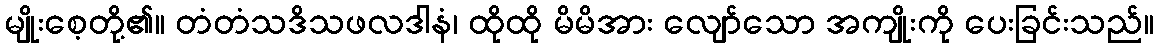
မျိုးစေ့တို့၏။ တံတံသဒိသဖလဒါနံ၊ ထိုထို မိမိအား လျော်သော အကျိုးကို ပေးခြင်းသည်။